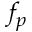
f _ { p }